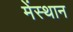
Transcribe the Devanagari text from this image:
मेंस्थान